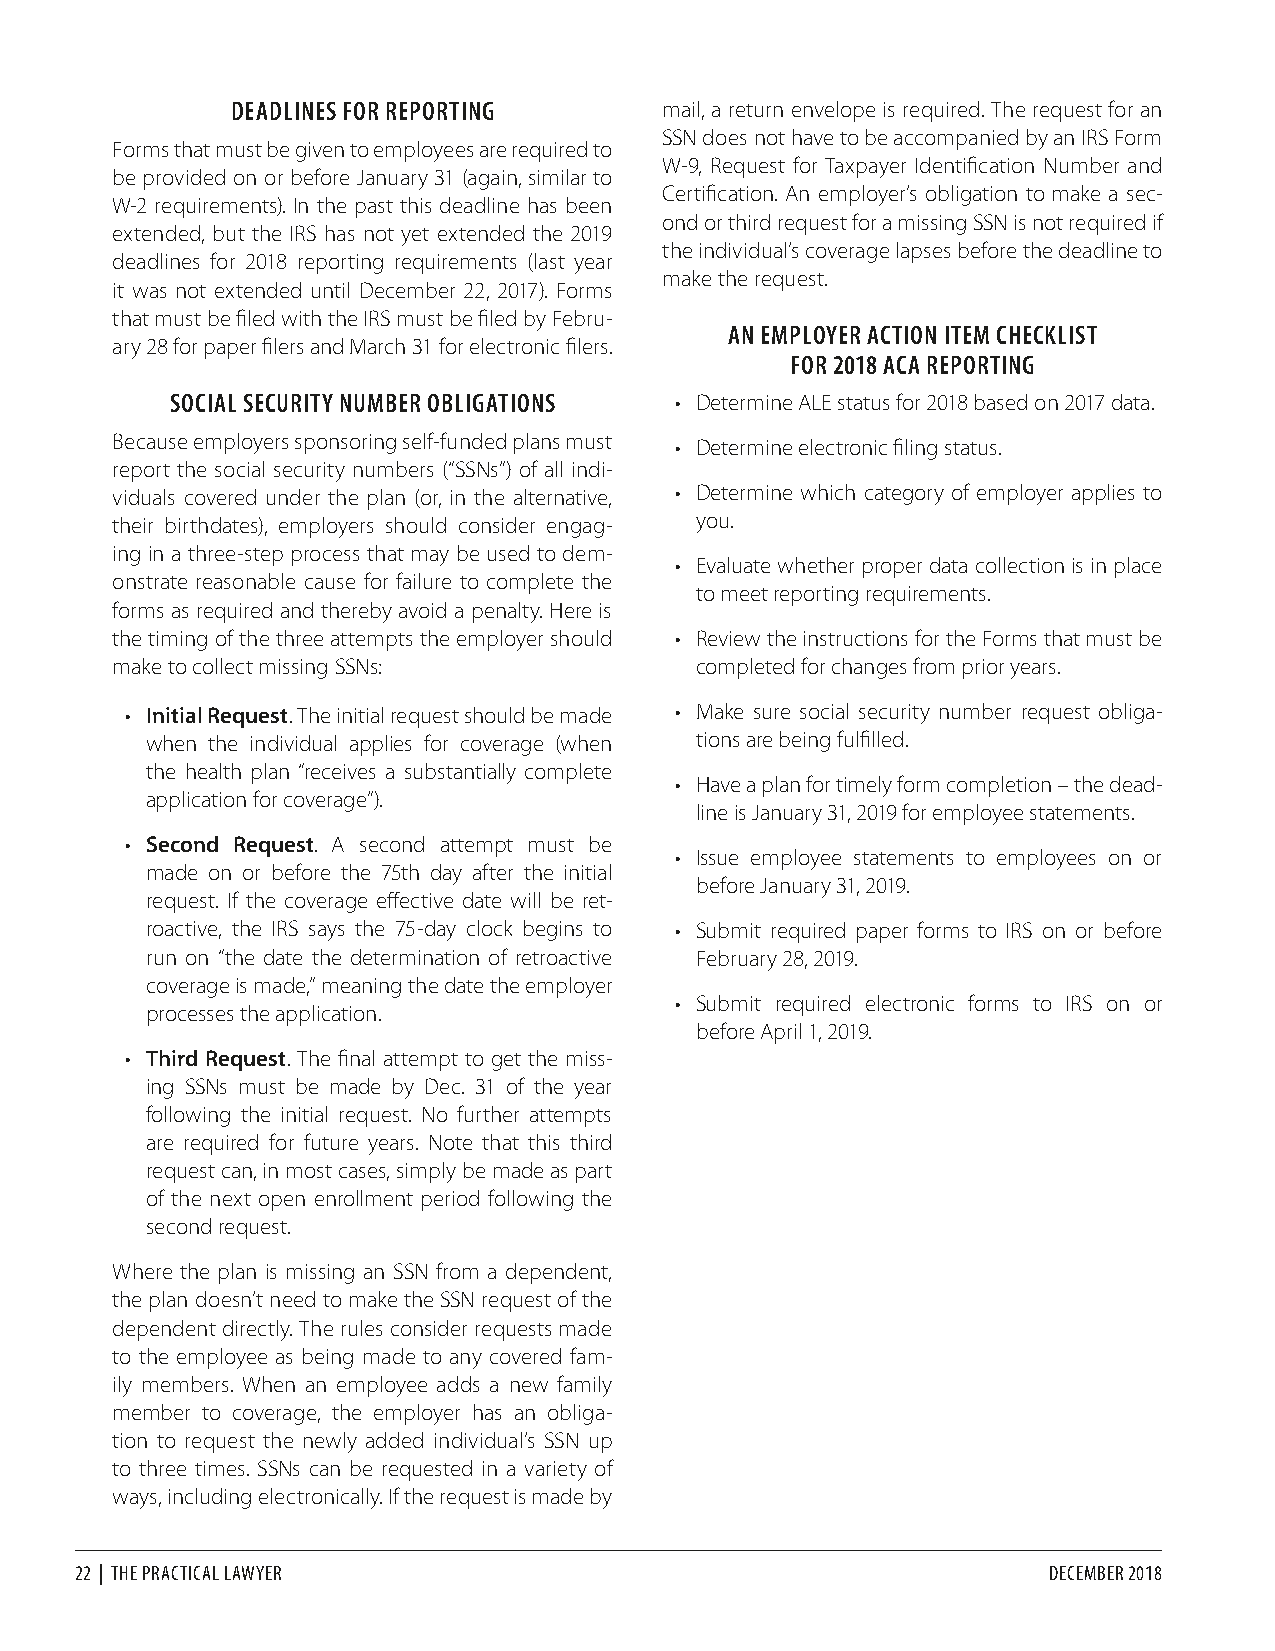
DEADLINES FOR REPORTING      mail, a return envelope is required. The request for an
 SSN does not have to be accompanied by an IRS Form
 Forms that must be given to employees are required to
 W-9, Request for Taxpayer Identification Number and
 be provided on or before January 31 (again, similar to
 Certification. An employer’s obligation to make a sec-
 W-2 requirements). In the past this deadline has been
 ond or third request for a missing SSN is not required if
 extended, but the IRS has not yet extended the 2019
 the individual’s coverage lapses before the deadline to
 deadlines for 2018 reporting requirements (last year
 make the request.
 it was not extended until December 22, 2017). Forms
 that must be filed with the IRS must be filed by Febru-
 AN EMPLOYER ACTION ITEM CHECKLIST
 ary 28 for paper filers and March 31 for electronic filers.
 FOR 2018 ACA REPORTING
 SOCIAL SECURITY NUMBER OBLIGATIONS • Determine ALE status for 2018 based on 2017 data.
 Because employers sponsoring self-funded plans must
 • Determine electronic filing status.
 report the social security numbers (“SSNs”) of all indi-
 viduals covered under the plan (or, in the alternative, • Determine which category of employer applies to
 their birthdates), employers should consider engag- you.
 ing in a three-step process that may be used to dem-
 • Evaluate whether proper data collection is in place
 onstrate reasonable cause for failure to complete the
 to meet reporting requirements.
 forms as required and thereby avoid a penalty. Here is
 the timing of the three attempts the employer should • Review the instructions for the Forms that must be
 make to collect missing SSNs:          completed for changes from prior years.
 • Initial Request. The initial request should be made • Make sure social security number request obliga-
 when the individual applies for coverage (when tions are being fulfilled.
 the health plan “receives a substantially complete
 • Have a plan for timely form completion – the dead-
 application for coverage”).
 line is January 31, 2019 for employee statements.
 • Second Request. A second attempt must be
 • Issue employee statements to employees on or
 made on or before the 75th day after the initial
 before January 31, 2019.
 request. If the coverage effective date will be ret-
 roactive, the IRS says the 75-day clock begins to • Submit required paper forms to IRS on or before
 run on “the date the determination of retroactive February 28, 2019.
 coverage is made,” meaning the date the employer
 • Submit required electronic forms to IRS on or
 processes the application.
 before April 1, 2019.
 • Third Request. The final attempt to get the miss-
 ing SSNs must be made by Dec. 31 of the year
 following the initial request. No further attempts
 are required for future years. Note that this third
 request can, in most cases, simply be made as part
 of the next open enrollment period following the
 second request.
 Where the plan is missing an SSN from a dependent,
 the plan doesn’t need to make the SSN request of the
 dependent directly. The rules consider requests made
 to the employee as being made to any covered fam-
 ily members. When an employee adds a new family
 member to coverage, the employer has an obliga-
 tion to request the newly added individual’s SSN up
 to three times. SSNs can be requested in a variety of
 ways, including electronically. If the request is made by
 22 | THE PRACTICAL LAWYER                                       DECEMBER 2018